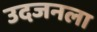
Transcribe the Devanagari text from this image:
उदजनला